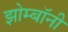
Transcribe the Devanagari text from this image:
झोम्बॉनी